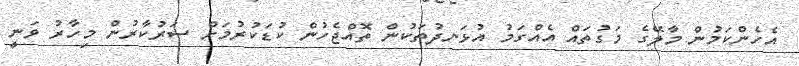
އެހެންކަމުން މާލޭގެ މަގުތައް އެއްގަމު އުޅަނދުތަކުން ތޮއްޖެހުން ކުޑަކުރުމަށް ސަރުކާރުން މިހާރު ވަނީ